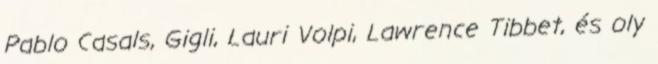
Pablo Casals, Gigli, Lauri Volpi, Lawrence Tibbet, és oly